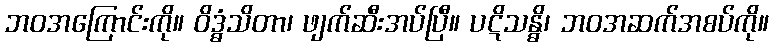
ဘဝအကြောင်းကို။ ဝိဒ္ဓံသိတာ၊ ဖျက်ဆီးအပ်ပြီ။ ပဋိသန္ဓိ၊ ဘဝအဆက်အစပ်ကို။